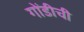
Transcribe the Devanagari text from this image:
गोंडीची